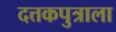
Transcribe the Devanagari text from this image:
दत्तकपुत्राला